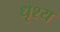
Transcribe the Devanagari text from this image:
धृश्य